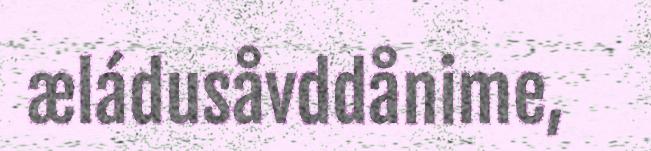
æládusåvddånime,